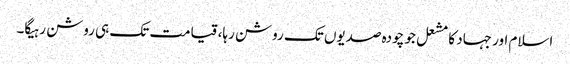
اسلام اور جہاد کا مشعل جو چودہ صدیوں تک روشن رہا، قیامت تک ہی روشن رہیگا۔